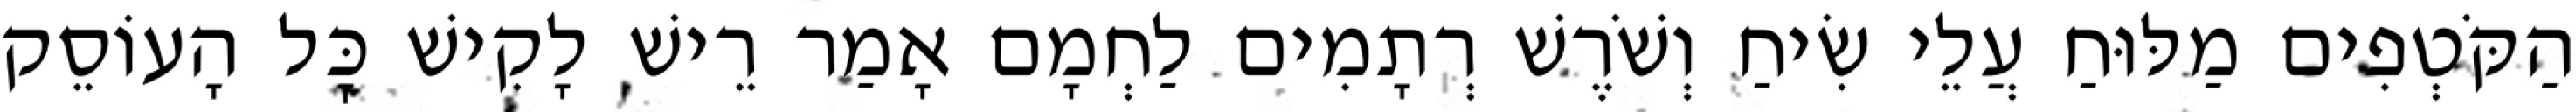
הַקֹּטְפִים מַלּוּחַ עֲלֵי שִׂיחַ וְשֹׁרֶשׁ רְתָמִים לַחְמָם אָמַר רֵישׁ לָקִישׁ כׇּל הָעוֹסֵק